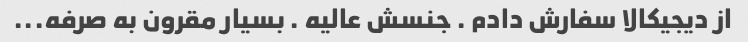
از دیجیکالا سفارش دادم . جنسش عالیه . بسیار مقرون به صرفه...